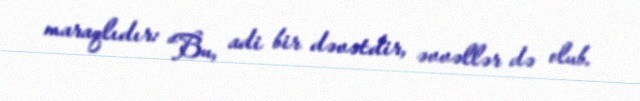
maraqlıdır: “Bu, adi bir dəvətdir, əvvəllər də olub.